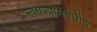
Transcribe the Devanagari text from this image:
स्वराज्यासंबंधीचे